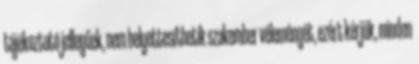
tájékoztató jellegűek, nem helyettesíthetik szakember véleményét, ezért kérjük, minden